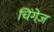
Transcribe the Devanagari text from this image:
चिंगेज़